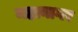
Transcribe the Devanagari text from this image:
महानागर